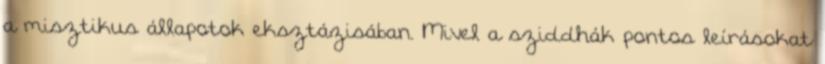
a misztikus állapotok eksztázisában. Mivel a sziddhák pontos leírásokat